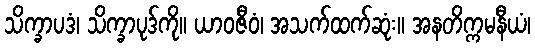
သိက္ခာပဒံ၊ သိက္ခာပုဒ်ကို။ ယာဝဇီဝံ၊ အသက်ထက်ဆုံး။ အနတိက္ကမနီယံ၊